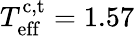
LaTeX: T_{\mathrm{eff}}^{\mathrm{c,t}}=1.57